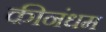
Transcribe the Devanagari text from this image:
कीनंधम